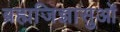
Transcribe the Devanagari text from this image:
ब्रह्मजिज्ञासुओं